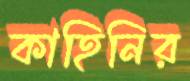
কাহিনির